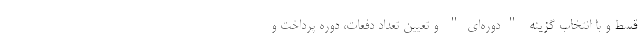
قسط و با انتخاب گزینه "دوره‌ای" و تعیین تعداد دفعات، دوره پرداخت و